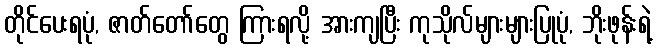
တိုင်ပေးရပုံ, ဇာတ်တော်တွေ ကြားရလို့ အားကျပြီး ကုသိုလ်များများပြုပုံ, ဘိုးဖုန်းရဲ့